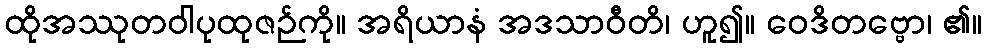
ထိုအဿုတဝါပုထုဇဉ်ကို။ အရိယာနံ အဒသာဝီတိ၊ ဟူ၍။ ဝေဒိတဗ္ဗော၊ ၏။